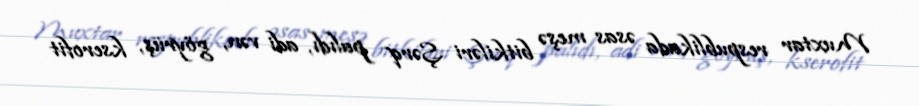
Muxtar respublikada əsas meşə bitkiləri Şərq palıdı, adi vən, göyrüş, kserofit